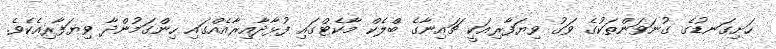
ހަށިގަނޑުގެ ގުނަވަންތަކުގެ ވަގު ވިޔަފާރިއަކީ ޗައިނާގެ ބްލެކް މާކެޓްގައި ފުޅާދާއިރާއެއްގައި ހިންގަމުންދާ ވިޔަފާރިއެކެވެ.